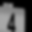
Digit: 4